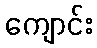
ကျောင်း